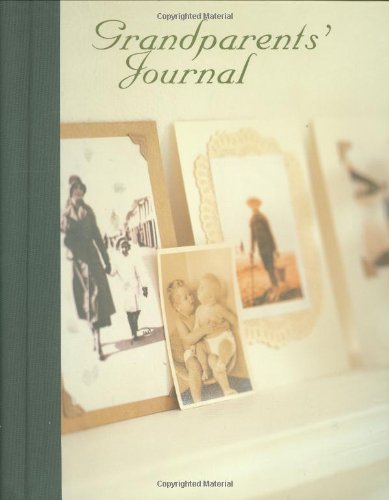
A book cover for Grandparents Journal; Parenting & Relationships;